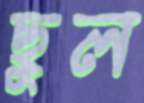
ছুল